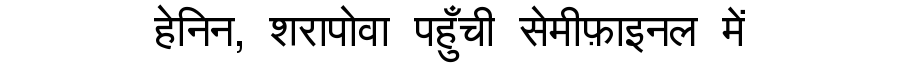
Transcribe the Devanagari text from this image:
हेनिन, शरापोवा पहुँची सेमीफ़ाइनल में